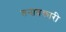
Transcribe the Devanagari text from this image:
तनावकारी